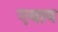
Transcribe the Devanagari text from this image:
एवाय